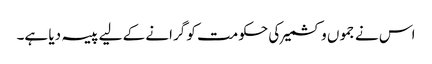
اس نے جموں و کشمیر کی حکومت کو گرانے کے لیے پیسہ دیا ہے۔